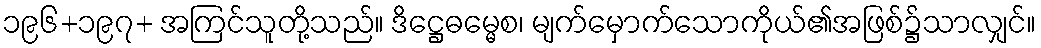
၁၉၆+၁၉၇+ အကြင်သူတို့သည်။ ဒိဋ္ဌေဓမ္မေစ၊ မျက်မှောက်သောကိုယ်၏အဖြစ်၌သာလျှင်။